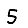
Digit: 5